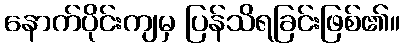
နောက်ပိုင်းကျမှ ပြန်သိရခြင်းဖြစ်၏။